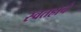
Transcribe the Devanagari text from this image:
स्वतहाचे